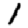
Digit: 1